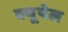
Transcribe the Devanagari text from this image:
क्यूपेल